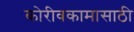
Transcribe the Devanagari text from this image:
कोरीवकामासाठी